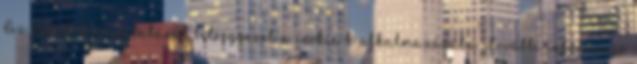
Az oldal használatával beleegyezel a cookie-k alkalmazásába. További információ